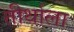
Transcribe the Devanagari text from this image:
तीर्थाला